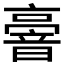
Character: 𠆒